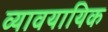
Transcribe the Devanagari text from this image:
व्‍यावयायिक